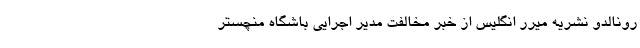
رونالدو نشریه میرر انگلیس از خبر مخالفت مدیر اجرایی باشگاه منچستر